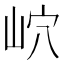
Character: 岤